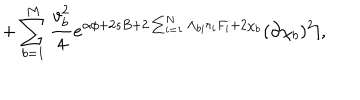
+ \sum _ { b = 1 } ^ { M } { \frac { v _ { b } ^ { 2 } } { 4 } } e ^ { \alpha \phi + 2 s B + 2 \sum _ { i = 1 } ^ { N } \Lambda _ { b i } r _ { i } F _ { i } + 2 \chi _ { b } } ( \partial \chi _ { b } ) ^ { 2 } ] ,